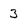
Character: 3